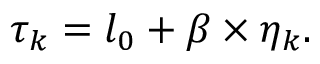
\begin{array} { r } { \tau _ { k } = l _ { 0 } + \beta \times \eta _ { k } . } \end{array}